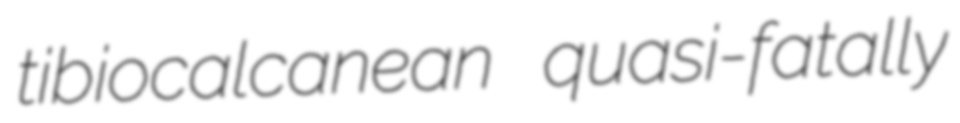
tibiocalcanean quasi-fatally